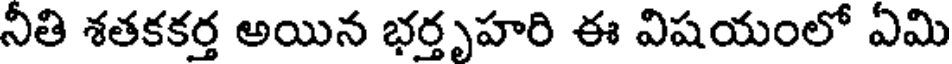
నీతి శతకకర్త అయిన భర్తృహరి ఈ విషయంలో ఏమి